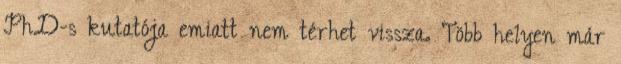
PhD-s kutatója emiatt nem térhet vissza. Több helyen már